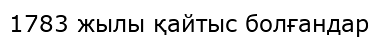
1783 жылы қайтыс болғандар